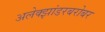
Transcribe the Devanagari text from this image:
अलेक्झांडरबरोबर